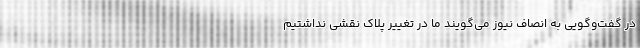
در گفت‌وگویی به انصاف نیوز می‌گویند ما در تغییر پلاک نقشی نداشتیم